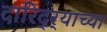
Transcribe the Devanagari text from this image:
दारिद्‌र्‍याच्या